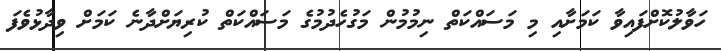
ހަވާލުކޮށްފައިވާ ކަމަށާއި މި މަސައްކަތް ނިމުމުން މަގުހެދުމުގެ މަސައްކަތް ކުރިޔަށްދާނެ ކަމަށް ވިދާޅުވެފަ